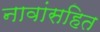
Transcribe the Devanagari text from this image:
नावांसहित